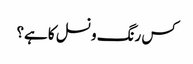
کس رنگ و نسل کا ہے؟